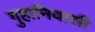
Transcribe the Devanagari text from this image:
गुहानिवासी